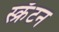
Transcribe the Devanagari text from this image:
स्क्रॅंटन